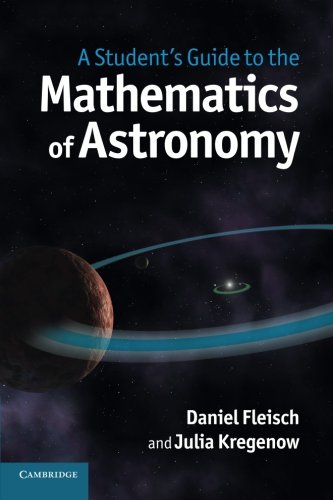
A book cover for A Student's Guide to the Mathematics of Astronomy; Daniel Fleisch; Science & Math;